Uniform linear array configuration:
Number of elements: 8
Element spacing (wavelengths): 0.75
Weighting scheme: hamming
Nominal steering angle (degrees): -45
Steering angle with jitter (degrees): -46.731
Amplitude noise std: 0.05
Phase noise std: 0.05

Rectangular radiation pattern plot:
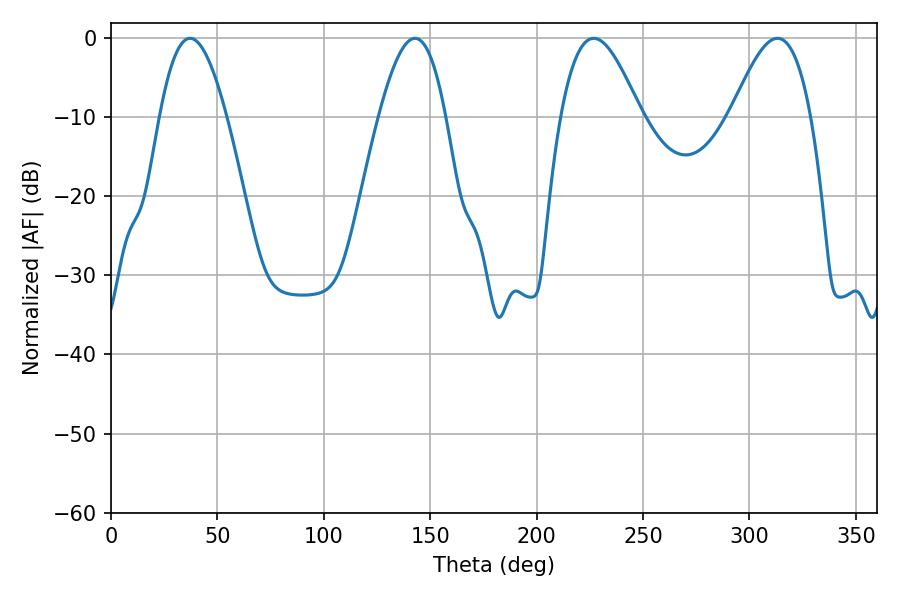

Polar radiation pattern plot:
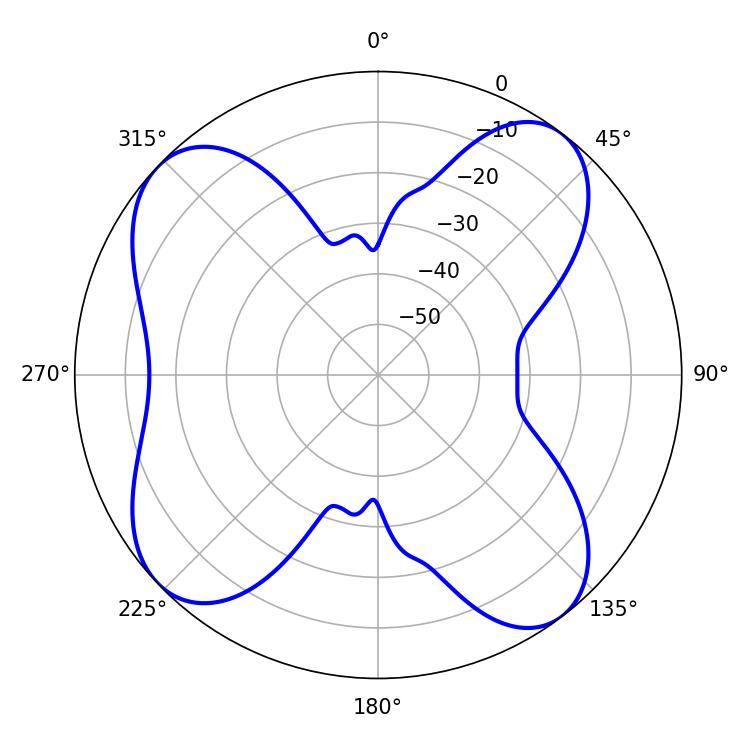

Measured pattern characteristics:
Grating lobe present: TRUE
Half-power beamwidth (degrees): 20.16
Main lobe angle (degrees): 226.8